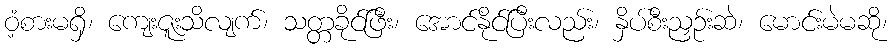
ဝံ့စားမရှိ၊ ကျေးဇူးသိလျက်၊ သတ္တခိုင်ဖြီး၊ အောင်နိုင်ပြီးလည်း၊ နှိပ်စီးညှဉ်းဆဲ၊ မောင်းမဲမဆို၊